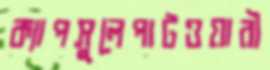
ক্যাপসুলেপাটওয়ারী